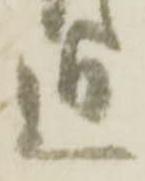
近